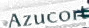
Azucort